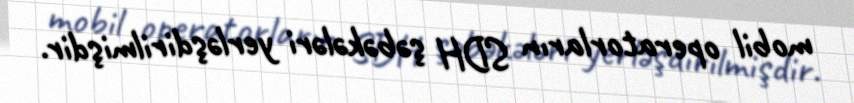
mobil operatorların SDH şəbəkələri yerləşdirilmişdir.